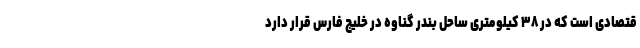
قتصادی است که در ۳۸ کیلومتری ساحل بندر گناوه در خلیج فارس قرار دارد